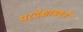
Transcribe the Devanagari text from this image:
परदेशामध्ये